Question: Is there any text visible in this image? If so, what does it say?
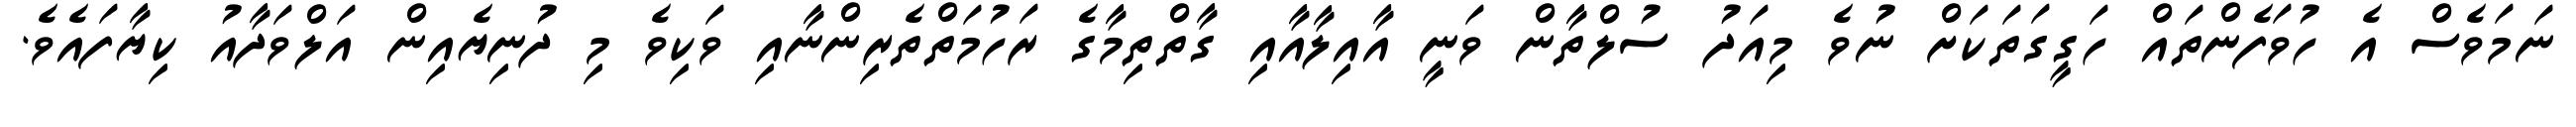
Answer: ނަމަވެސް އެ ހުވަފެންތައް ހަގީގަތަކަށް ނުވެ މިއަދު ސުލްތާން ވަނީ އާއިލާއާއި ގާތްތިމާގެ ރަހުމަތްތެރިންނާއި ވަކިވެ މި ދުނިޔެއިން އަލްވަދާއު ކިޔާފައެވެ.